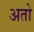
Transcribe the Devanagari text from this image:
अतो